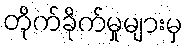
တိုက်ခိုက်မှုများမှ